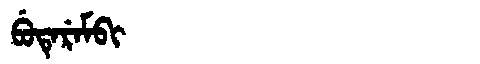
Manchu: ᠪᡠᡨᡝᡵᡝᠮᠪᡳ
Romanization: BUTEREMBI